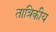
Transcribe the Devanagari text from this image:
तात्रिकीय